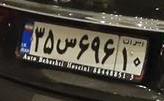
۳۵س۶۹۶۱۰